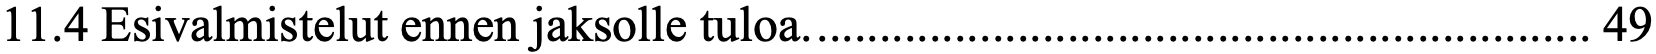
11.4 Esivalmistelut ennen jaksolle tuloa. .............................................................. 49